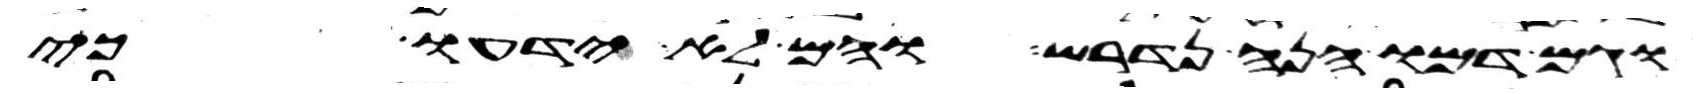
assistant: וגם דמו הנה נדרש והם לא ידעו כי